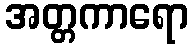
အတ္တကာရော